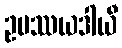
ဥပဿယဒါယီ